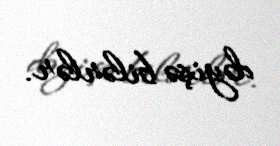
dəyişə bilərlər.